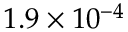
1 . 9 \times 1 0 ^ { - 4 }